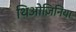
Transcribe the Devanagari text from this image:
थिओज़िनिया